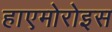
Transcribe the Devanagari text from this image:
हाएमोरोइस